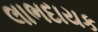
લાભદાયક